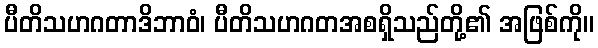
ပီတိသဟဂတာဒိဘာဝံ၊ ပီတိသဟဂတအစရှိသည်တို့၏ အဖြစ်ကို။